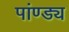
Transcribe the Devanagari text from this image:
पांण्ड्य